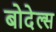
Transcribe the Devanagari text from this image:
बोदेल्स